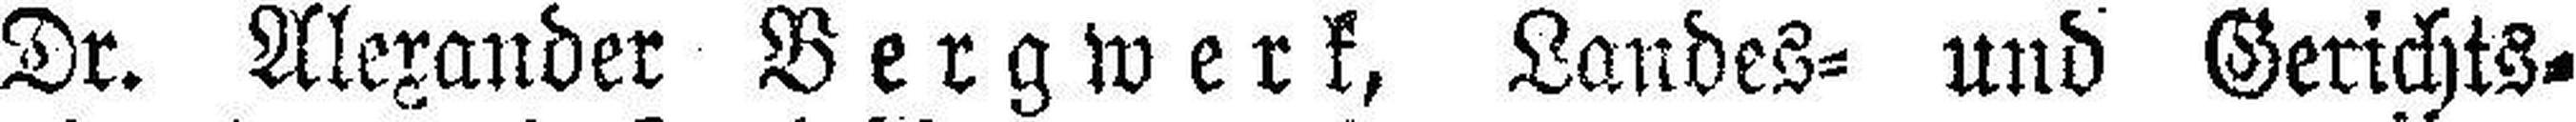
Dr. Alexander Bergwerk, Landes= und Gerichts¬